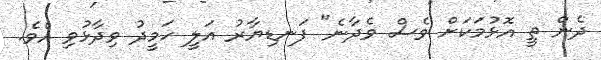
ދެން ތީ އޮޅުމަކަށް ވެސް ވެދާނެ" ފަނޑިޔާރު އަލީ ހަމީދު ވިދާޅުވި އެވެ.